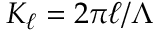
K _ { \ell } = 2 \pi \ell / \Lambda